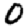
Digit: 0